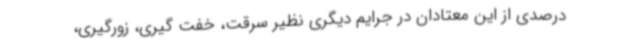
درصدی از این معتادان در جرایم دیگری نظیر سرقت، خفت گیری، زورگیری،